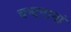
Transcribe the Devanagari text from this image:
चन्दनानां